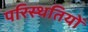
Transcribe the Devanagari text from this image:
परिस्‍थतियों